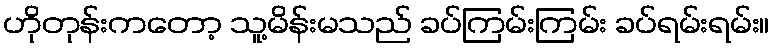
ဟိုတုန်းကတော့ သူ့မိန်းမသည် ခပ်ကြမ်းကြမ်း ခပ်ရမ်းရမ်း။